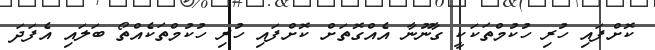
ކޮށްފައި ހުރި ހުކުމްތަކަކީ ގާނޫނާ އެއްގޮތަށް ކޮށްފައި ހުރި ހުކުމްތަކެއްތޯ ބަލައި އެފަދަ